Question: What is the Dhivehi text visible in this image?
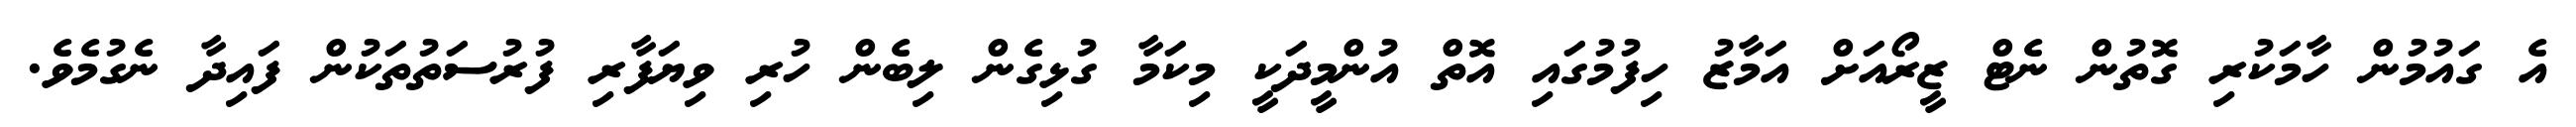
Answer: އެ ގައުމުން ހާމަކުރި ގޮތުން ނެޓް ޒީރޯއަށް އަމާޒު ހިފުމުގައި އޮތް އުންމީދަކީ މިކަމާ ގުޅިގެން ލިބެން ހުރި ވިޔަފާރި ފުރުސަތުތަކުން ފައިދާ ނެގުމެވެ.